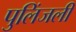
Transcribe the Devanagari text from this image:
पुलिंजली